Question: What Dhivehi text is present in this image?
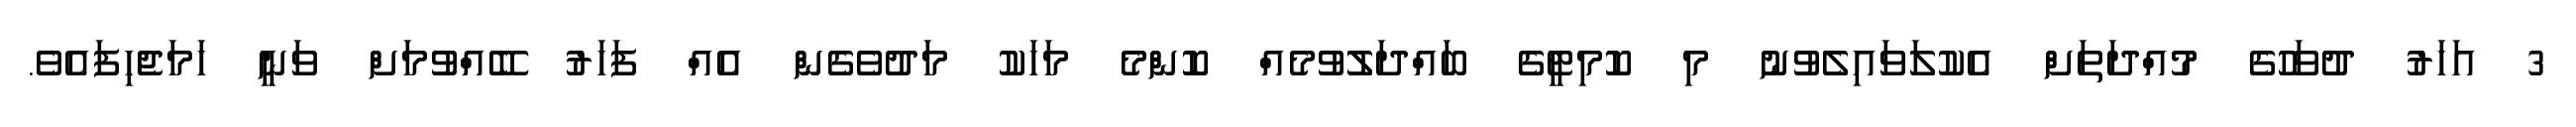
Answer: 3 އަހަރު ދުވަހުގެ މުއްދަތަށް އެކުލަވައިލެވުނު މި ކޮމިޓީގެ ބައްދަލުވުމެއް ކޮންމެ މަހަކު މަދުވެގެން އެއް ފަހަރު ބޭއްވުމަށް ވަނީ ހަމަޖެހިފައެވެ.